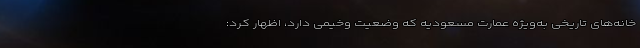
خانه‌های تاریخی به‌ویژه عمارت مسعودیه که وضعیت وخیمی دارد، اظهار کرد: